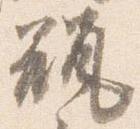
瓶